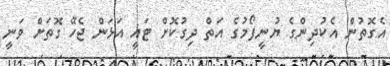
އެގޮތުން އެކުދިންގެ ޔުނީފޯމުގެ އަތް ދިގުކޮށް ޓައީ އަޅަން ޖެހޭ ގޮތަށް ވަނީ